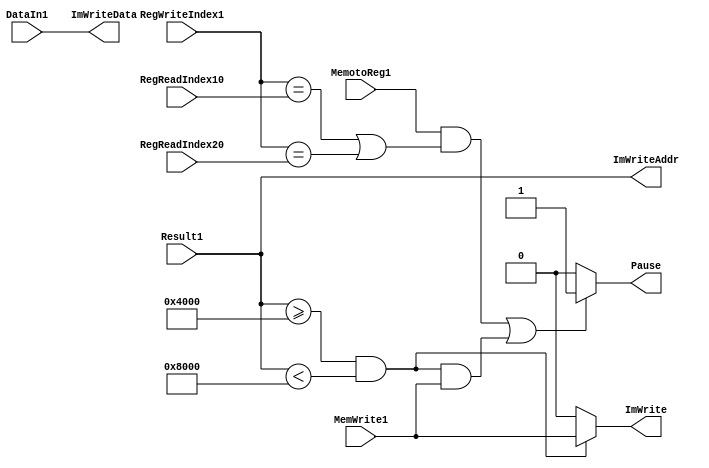
module pause(
	input wire MemotoReg1,
	input wire[3:0] RegWriteIndex1,
	input wire[3:0] RegReadIndex10,
	input wire[3:0] RegReadIndex20,

	input wire[15:0] Result1, // address [new]
	input wire[15:0] DataIn1, // data to write to im (if possible) [new]
	input wire MemWrite1, // if need to write to im [new]

	output wire Pause,

	output wire[15:0] ImWriteAddr, // [new]
	output wire[15:0] ImWriteData, // [new]
	output wire ImWrite // [new]
	);

	assign ImWrite = (Result1 >= 16'b0100000000000000 && Result1 < 16'b1000000000000000)? MemWrite1 : 0;
	assign ImWriteAddr = Result1; // address
	assign ImWriteData = DataIn1; // data
	assign Pause = ((MemotoReg1 && ((RegWriteIndex1 == RegReadIndex10) || (RegWriteIndex1 == RegReadIndex20))) 
		|| ((Result1 >= 16'b0100000000000000 && Result1 < 16'b1000000000000000) && MemWrite1))? 1 : 0;

	// always @(*) begin
	// 	if (MemotoReg1 && ((RegWriteIndex1 == RegReadIndex10) || (RegWriteIndex1 == RegReadIndex20))) begin
	// 		Pause <= 1;
	// 	end else begin
	// 		Pause <= 0;
	// 	end
	// end

endmodule